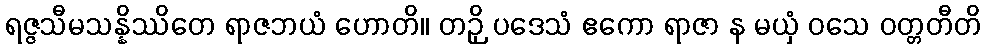
ရဇ္ဇသီမသန္နိဿိတေ ရာဇဘယံ ဟောတိ။ တဉှိ ပဒေသံ ဧကော ရာဇာ န မယှံ ဝသေ ဝတ္တတီတိ